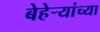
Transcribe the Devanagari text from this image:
बेहेर्‍यांच्या